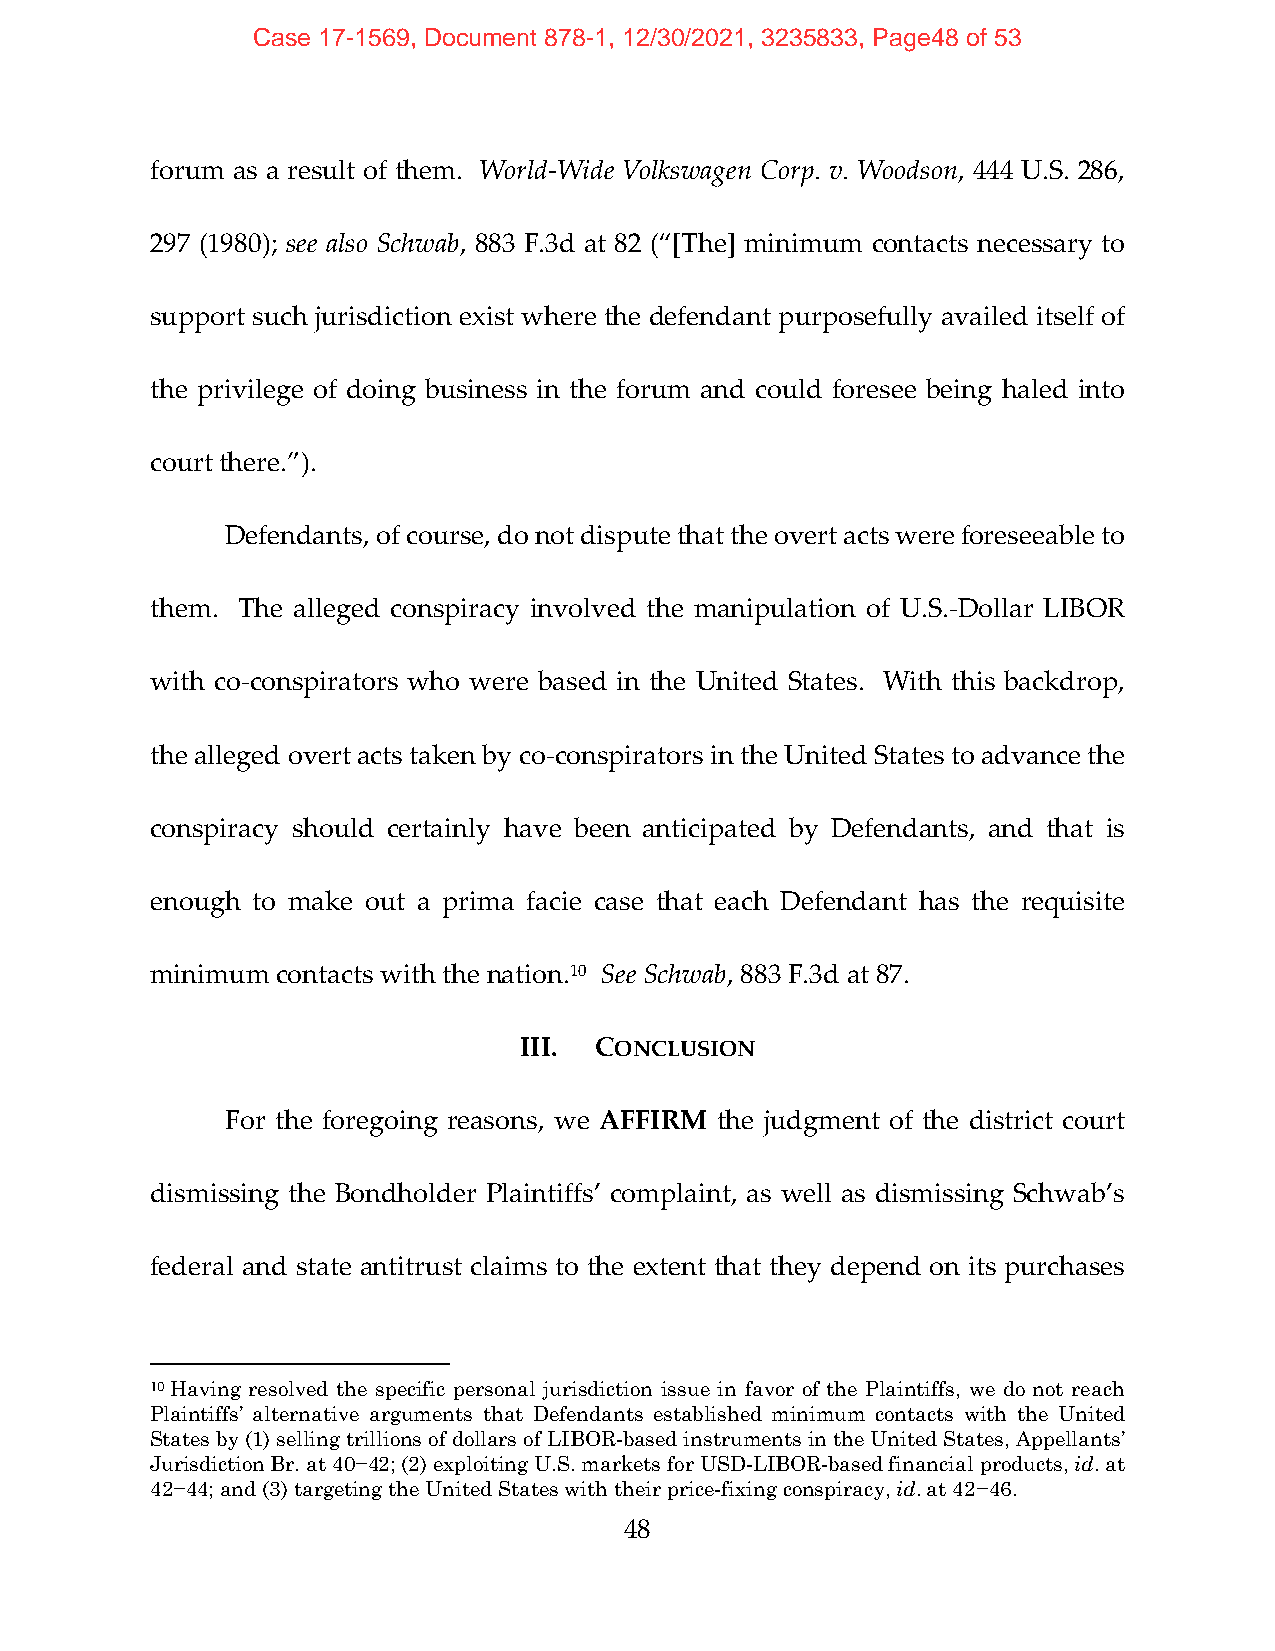
Case 17-1569, Document 878-1, 12/30/2021, 3235833, Page48 of 53
 forum as a result of them. World‐Wide Volkswagen Corp. v. Woodson, 444 U.S. 286,
 297 (1980); see also Schwab, 883 F.3d at 82 (“[The] minimum contacts necessary to
 support such jurisdiction exist where the defendant purposefully availed itself of
 the privilege of doing business in the forum and could foresee being haled into
 court there.”).
 Defendants, of course, do not dispute that the overt acts were foreseeable to
 them. The alleged conspiracy involved the manipulation of U.S.‐Dollar LIBOR
 with co‐conspirators who were based in the United States. With this backdrop,
 the alleged overt acts taken by co‐conspirators in the United States to advance the
 conspiracy should certainly have been anticipated by Defendants, and that is
 enough to make out a prima facie case that each Defendant has the requisite
 minimum contacts with the nation.10 See Schwab, 883 F.3d at 87.
 III. CONCLUSION
 For the foregoing reasons, we AFFIRM the judgment of the district court
 dismissing the Bondholder Plaintiffs’ complaint, as well as dismissing Schwab’s
 federal and state antitrust claims to the extent that they depend on its purchases
 10 Having resolved the specific personal jurisdiction issue in favor of the Plaintiffs, we do not reach
 Plaintiffs’ alternative arguments that Defendants established minimum contacts with the United
 States by (1) selling trillions of dollars of LIBOR-based instruments in the United States, Appellants’
 Jurisdiction Br. at 40−42; (2) exploiting U.S. markets for USD-LIBOR-based financial products, id. at
 42−44; and (3) targeting the United States with their price-fixing conspiracy, id. at 42−46.
 48